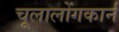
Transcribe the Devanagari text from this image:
चूलालोंगकार्न